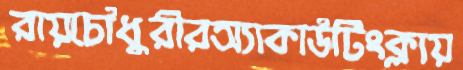
রায়চৌধুরীরঅ্যাকাউটিংক্লায়